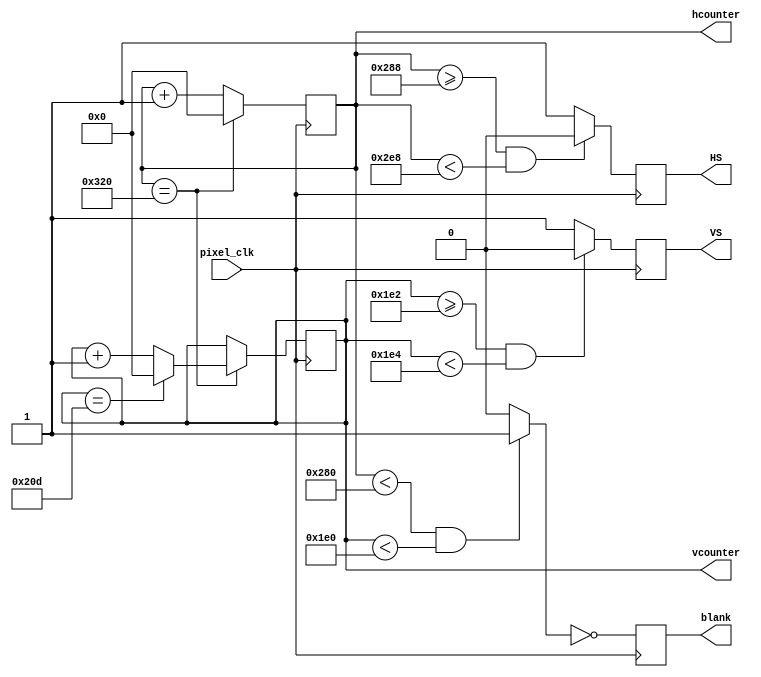
`timescale 1ns / 1ps
//////////////////////////////////////////////////////////////////////////////////
// Company: 
// Engineer: 
// 
// Design Name: 
// Module Name:    VGAcontrol 
// Project Name: 
// Target Devices: 
// Tool versions: 
// Description: 
//
// Dependencies: 
//
// Revision: 
// Revision 0.01 - File Created
// Additional Comments: 
//
//////////////////////////////////////////////////////////////////////////////////
module vga_controller_640_60 (pixel_clk,HS,VS,hcounter,vcounter,blank);

	input pixel_clk;
	output HS, VS, blank;
	output [10:0] hcounter, vcounter;

	parameter HMAX = 800; // maximum value for the horizontal pixel counter
	parameter VMAX = 525; // maximum value for the vertical pixel counter
	parameter HLINES = 640; // total number of visible columns
	parameter HFP = 648; // value for the horizontal counter where front porch ends
	parameter HSP = 744; // value for the horizontal counter where the synch pulse ends
	parameter VLINES = 480; // total number of visible lines
	parameter VFP = 482; // value for the vertical counter where the front porch ends
	parameter VSP = 484; // value for the vertical counter where the synch pulse ends
	parameter SPP = 0;


	wire video_enable;
	reg HS,VS,blank;
	reg [10:0] hcounter = 0,vcounter = 0;

	always@(posedge pixel_clk)begin
		blank <= ~video_enable; 
	end

	always@(posedge pixel_clk)begin
		if (hcounter == HMAX) hcounter <= 0;
		else hcounter <= hcounter + 1;
	end

	always@(posedge pixel_clk)begin
		if(hcounter == HMAX) begin
			if(vcounter == VMAX) vcounter <= 0;
			else vcounter <= vcounter + 1; 
		end
	end

	always@(posedge pixel_clk)begin
		if(hcounter >= HFP && hcounter < HSP) HS <= SPP;
		else HS <= ~SPP; 
	end

	always@(posedge pixel_clk)begin
		if(vcounter >= VFP && vcounter < VSP) VS <= SPP;
		else VS <= ~SPP; 
	end

	assign video_enable = (hcounter < HLINES && vcounter < VLINES) ? 1'b1 : 1'b0;

endmodule